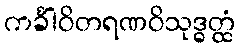
ကင်္ခါဝိတရဏဝိသုဒ္ဓတ္ထံ